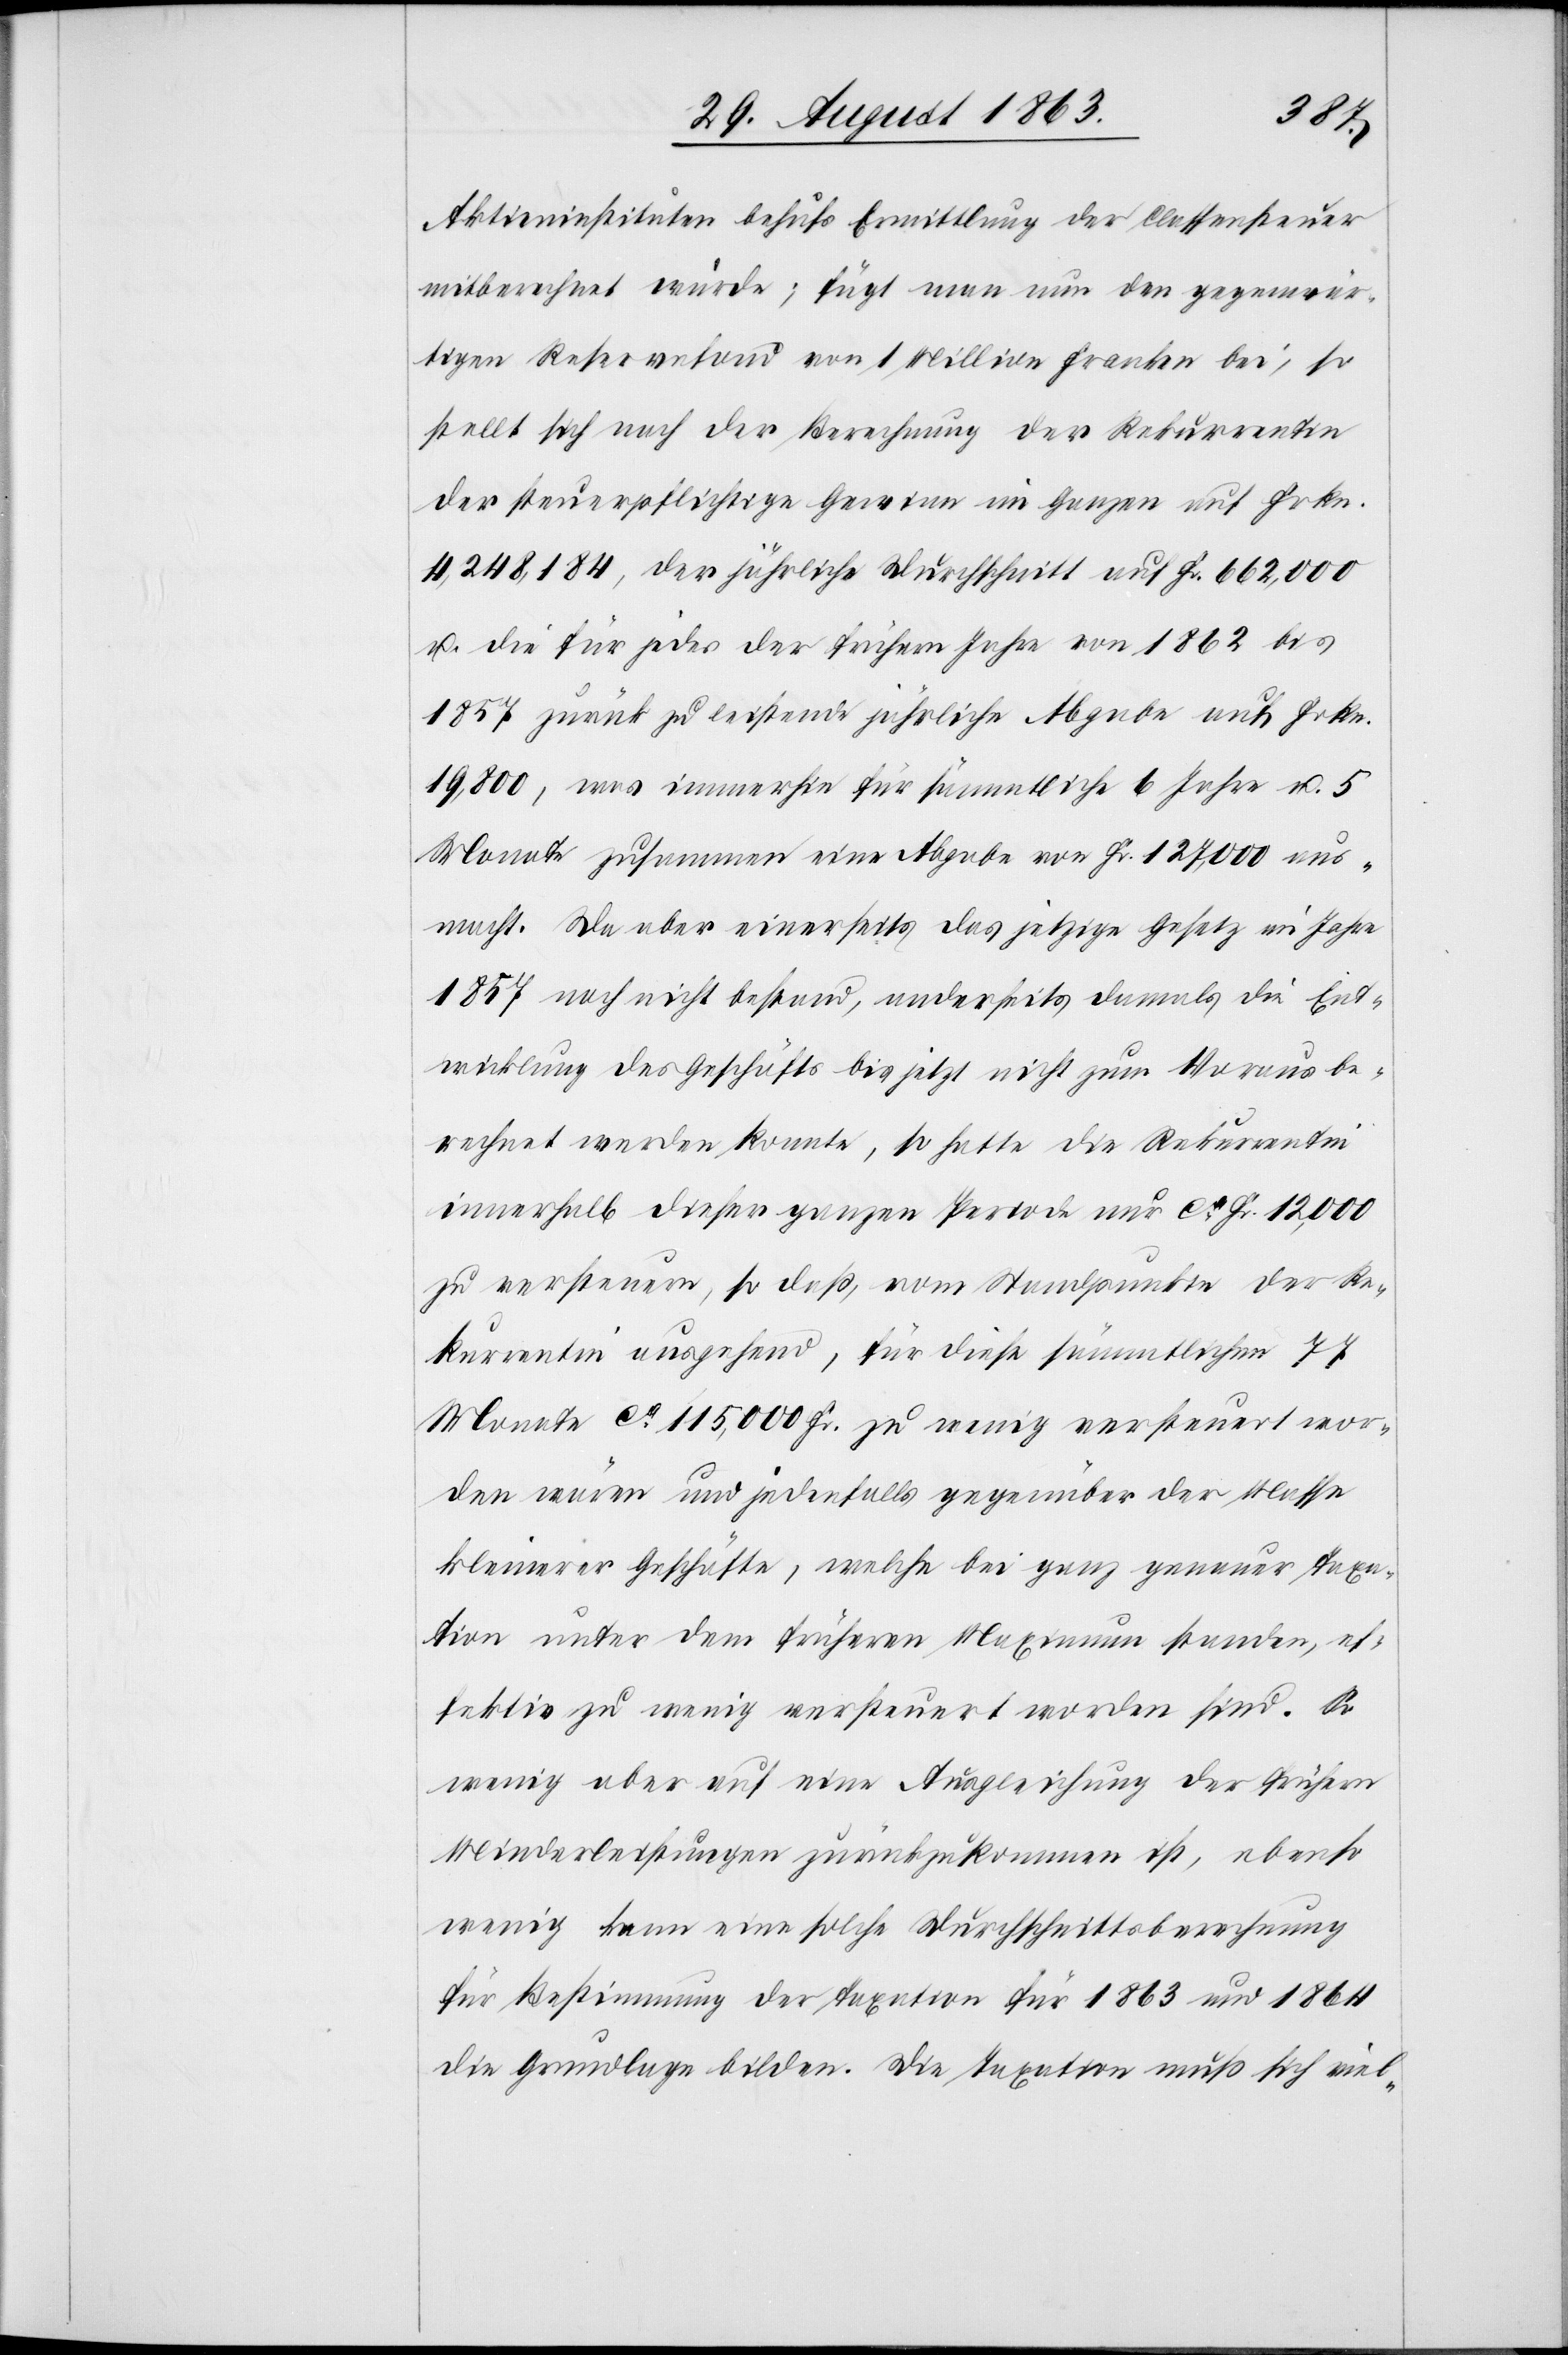
Aktieninstituten behufs Ermittlung der Classensteuer
mitberechnet würde; fügt man nun den gegenwär¬
tigen Reservefond von 1 Million Franken bei, so
stellt sich nach der Berechnung der Rekurrentin
der steuerpflichtige Gewinn im Ganzen auf Frkn.
4,248,184, der jährliche Durchschnitt auf Fr. 662,000
u. die für jedes der frühern Jahre von 1862 bis
1857 zurück zu leistende jährliche Abgabe auf Frkn.
19,800, was immerhin für sämmtliche 6 Jahre u. 5
Monate zusammen eine Abgabe von Fr. 127,000 aus¬
macht. Da aber einerseits das jetzige Gesetz im Jahre
1857 noch nicht bestand, anderseits damals die Ent¬
wicklung des Geschäfts bis jetzt nicht zum Voraus be¬
rechnet werden konnte, so hatte die Rekurrentin
innerhalb dieser ganzen Periode nur ca Fr. 12,000
zu versteuern, so daß, vom Standpunkte der Re¬
kurrentin ausgehend, für diese sämmtlichen 77
Monate ca 115,000 Fr. zu wenig versteuert wor¬
den wären und jedenfalls gegenüber der Masse
kleinerer Geschäfte, welche bei ganz genauer Taxa¬
tion unter dem früheren Maximum standen, ef¬
fektiv zu wenig versteuert worden sind. So
wenig aber auf eine Ausgleichung der frühern
Minderleistungen zurückzukommen ist, ebenso
wenig kann eine solche Durchschnittsberechnung
für Bestimmung der Taxation für 1863 und 1864
die Grundlage bilden. Die Taxation muß sich viel-